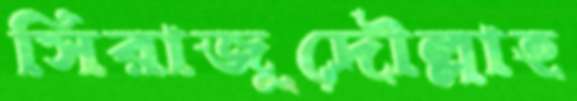
সিরাজুদৌল্লাহ